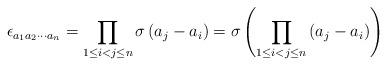
LaTeX: \begin{align*}\epsilon_{a_{1}a_{2}\cdots a_{n}}=\prod_{1\le i<j\le n}\sigma\left(a_{j}-a_{i}\right)=\sigma\left(\prod_{1\le i<j\le n}\left(a_{j}-a_{i}\right)\right)\end{align*}